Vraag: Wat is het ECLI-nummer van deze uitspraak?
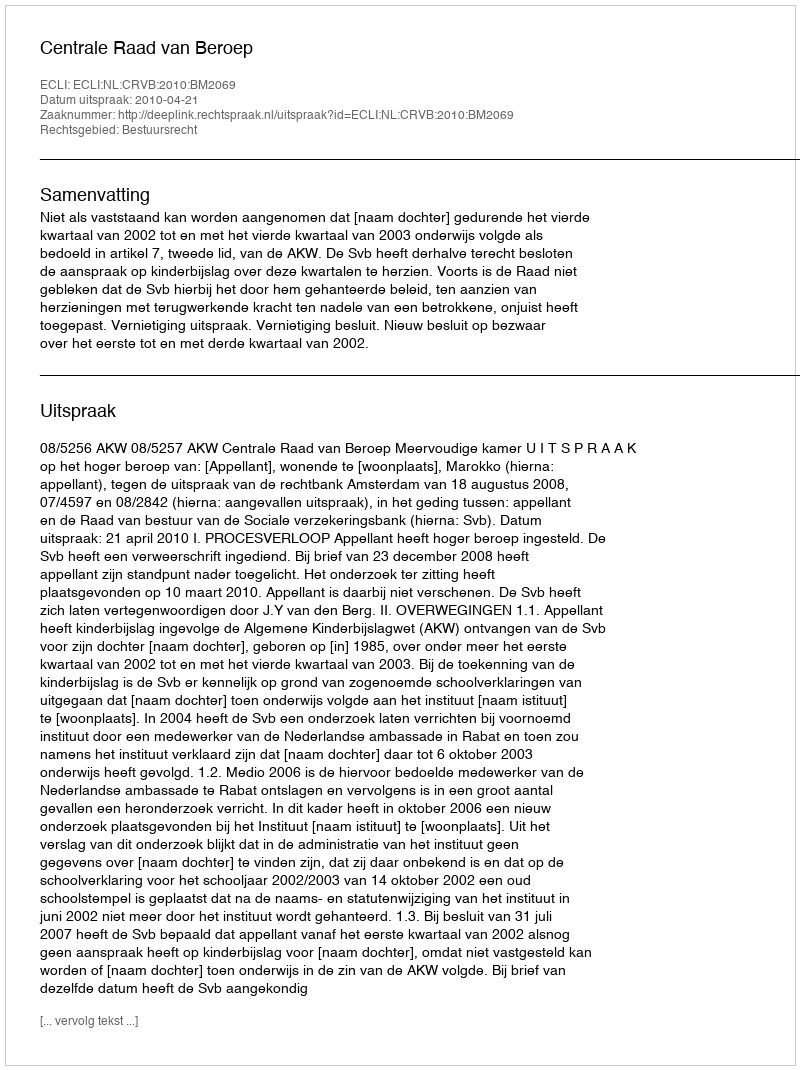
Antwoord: ECLI:NL:CRVB:2010:BM2069